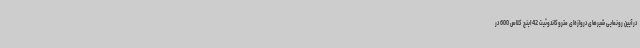
در آیین رونمایی شیرهای دروازه‌ای متروکاندوئیت 42 اینچ کلاس 600 در